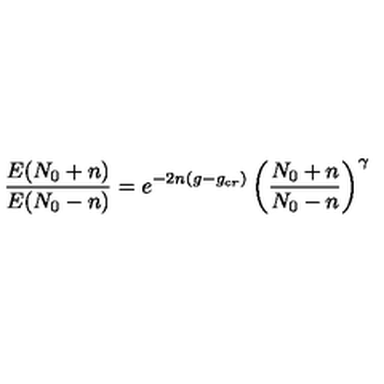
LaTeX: { \frac { E ( N _ { 0 } + n ) } { E ( N _ { 0 } - n ) } } = e ^ { - 2 n ( g - g _ { c r } ) } \left( { \frac { N _ { 0 } + n } { N _ { 0 } - n } } \right) ^ { \gamma }